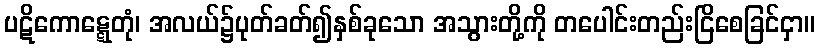
ပဋိကောဋ္ဋေတုံ၊ အလယ်၌ပုတ်ခတ်၍နှစ်ခုသော အသွားတို့ကို တပေါင်းတည်းငြိစေခြင်ငှာ။